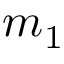
m _ { 1 }